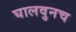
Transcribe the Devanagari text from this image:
घालवुनच